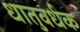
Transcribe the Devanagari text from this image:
धातुवर्धक